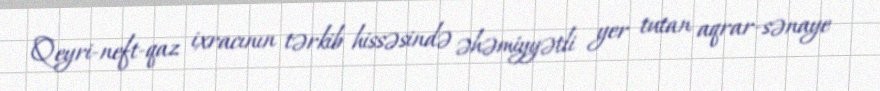
Qeyri-neft-qaz ixracının tərkib hissəsində əhəmiyyətli yer tutan aqrar-sənaye